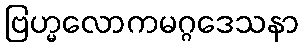
ဗြဟ္မလောကမဂ္ဂဒေသနာ